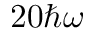
2 0 \hbar \omega